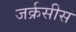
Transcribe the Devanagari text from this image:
जर्क्रसीस